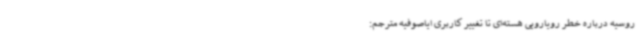
روسیه درباره خطر رویارویی هسته‌ای تا تغییر کاربری ایاصوفیه مترجم: